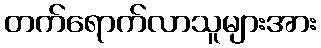
တက်ရောက်လာသူများအား